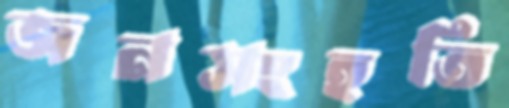
জনসংহতি